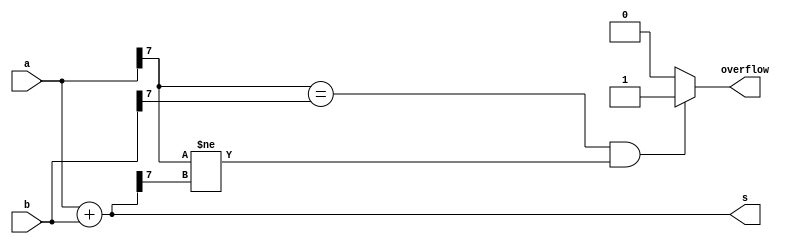
module top_module (
    input [7:0] a,
    input [7:0] b,
    output [7:0] s,
    output overflow
); //
 
     assign s = a + b;
    assign overflow = (a[7] == b[7] && a[7] != s[7])?1:0;
    
    // XfYfZfXf = Yf= 0Zf,Zf=1Xf =Yf = 1ZfZf= 0 
    // C1=1C0=0C1=0C0=1 
    // "00""11""01""10"



endmodule